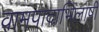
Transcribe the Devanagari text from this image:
वामपादाभिलाषी